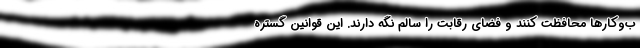
ب‌وکارها محافظت کنند و فضای رقابت را سالم نگه دارند. این قوانین گستره